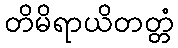
တိမိရာယိတတ္တံ